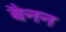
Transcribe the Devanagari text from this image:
बैनन